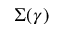
\Sigma ( \gamma )